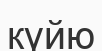
күйю